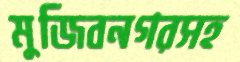
মুজিবনগরসহ